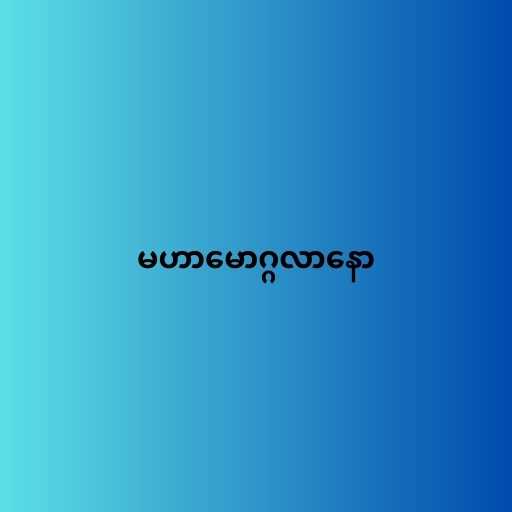
မဟာမောဂ္ဂလာနော